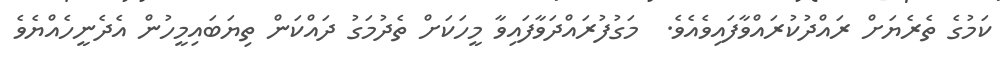
ކަމުގެ ތެރެޔަށް ރައްދުކުރައްވާފައިވެއެވެ.  މަގުފުރައްދަވާފައިވާ މީހަކަށް ތެދުމަގު ދައްކަން ތިޔަބައިމީހުން އެދެނީހެއްޔެވެ